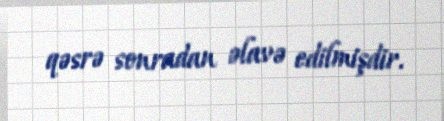
qəsrə sonradan əlavə edilmişdir.